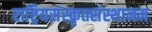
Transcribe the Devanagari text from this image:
राष्ट्रियसंस्कृतसंस्थानम